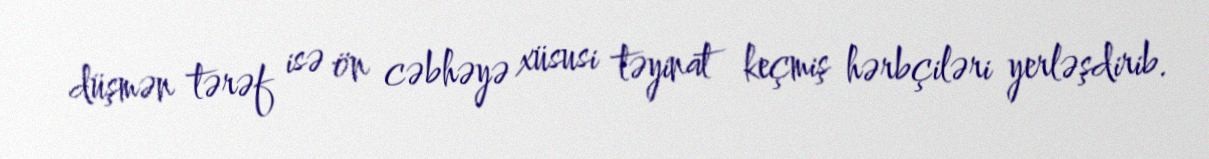
düşmən tərəf isə ön cəbhəyə xüsusi təyinat keçmiş hərbçiləri yerləşdirib.